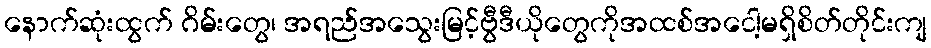
နောက်ဆုံးထွက် ဂိမ်းတွေ၊ အရည်အသွေးမြင့်ဗွီဒီယိုတွေကိုအထစ်အငေါ့မရှိစိတ်တိုင်းကျ